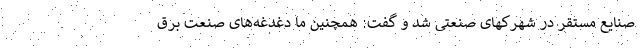
صنایع مستقر در شهرکهای صنعتی شد و گفت: همچنین ما دغدغه‌های صنعت برق